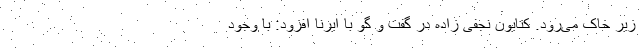
زیر خاک می‌رود. کتایون نجفی زاده در گفت و گو با ایرنا افزود: با وجود